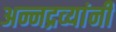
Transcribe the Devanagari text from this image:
अन्नद्रव्यांनी